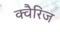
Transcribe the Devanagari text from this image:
क्वैरिज